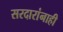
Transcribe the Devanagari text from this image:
सरदारांनाही